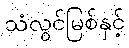
သံလွင်မြစ်နှင့်